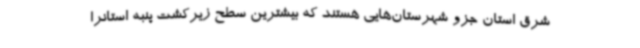
شرق استان جزو شهرستان‌هایی هستند که بیشترین سطح زیرکشت پنبه استانرا